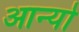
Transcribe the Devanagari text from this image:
आन्‍यो